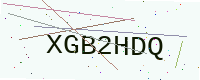
Text: XGB2HDQ